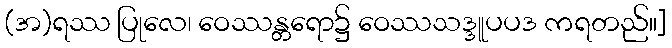
(အ)ရဿ ပြုလေ၊ ဝေဿန္တရော၌ ဝေဿသဒ္ဒူပပဒ ကရတည်။]